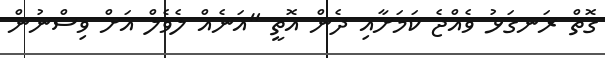
ގޮތް ރަނގަޅު ވެއްޖެ ކަމަށާއި ދެން އޮތީ "އަނެއް ލެވެލް އަށް ވިސްނުން